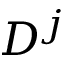
D ^ { j }